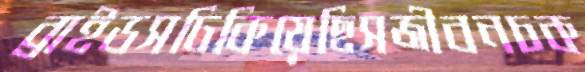
ব্রাইডসঢিকিয়েছিসজীবনচক